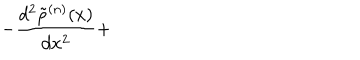
LaTeX: - \frac { d ^ { 2 } \tilde { \rho } ^ { ( n ) } ( x ) } { d x ^ { 2 } } +